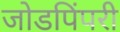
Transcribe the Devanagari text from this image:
जोडपिंपरी